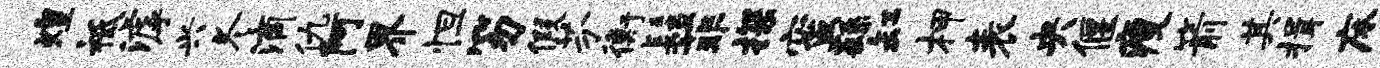
煌祗滹兴冬滴仇阿界怛笏假芬衡髻菲探蜜繇缸柙表央偃瘦箭其揖床